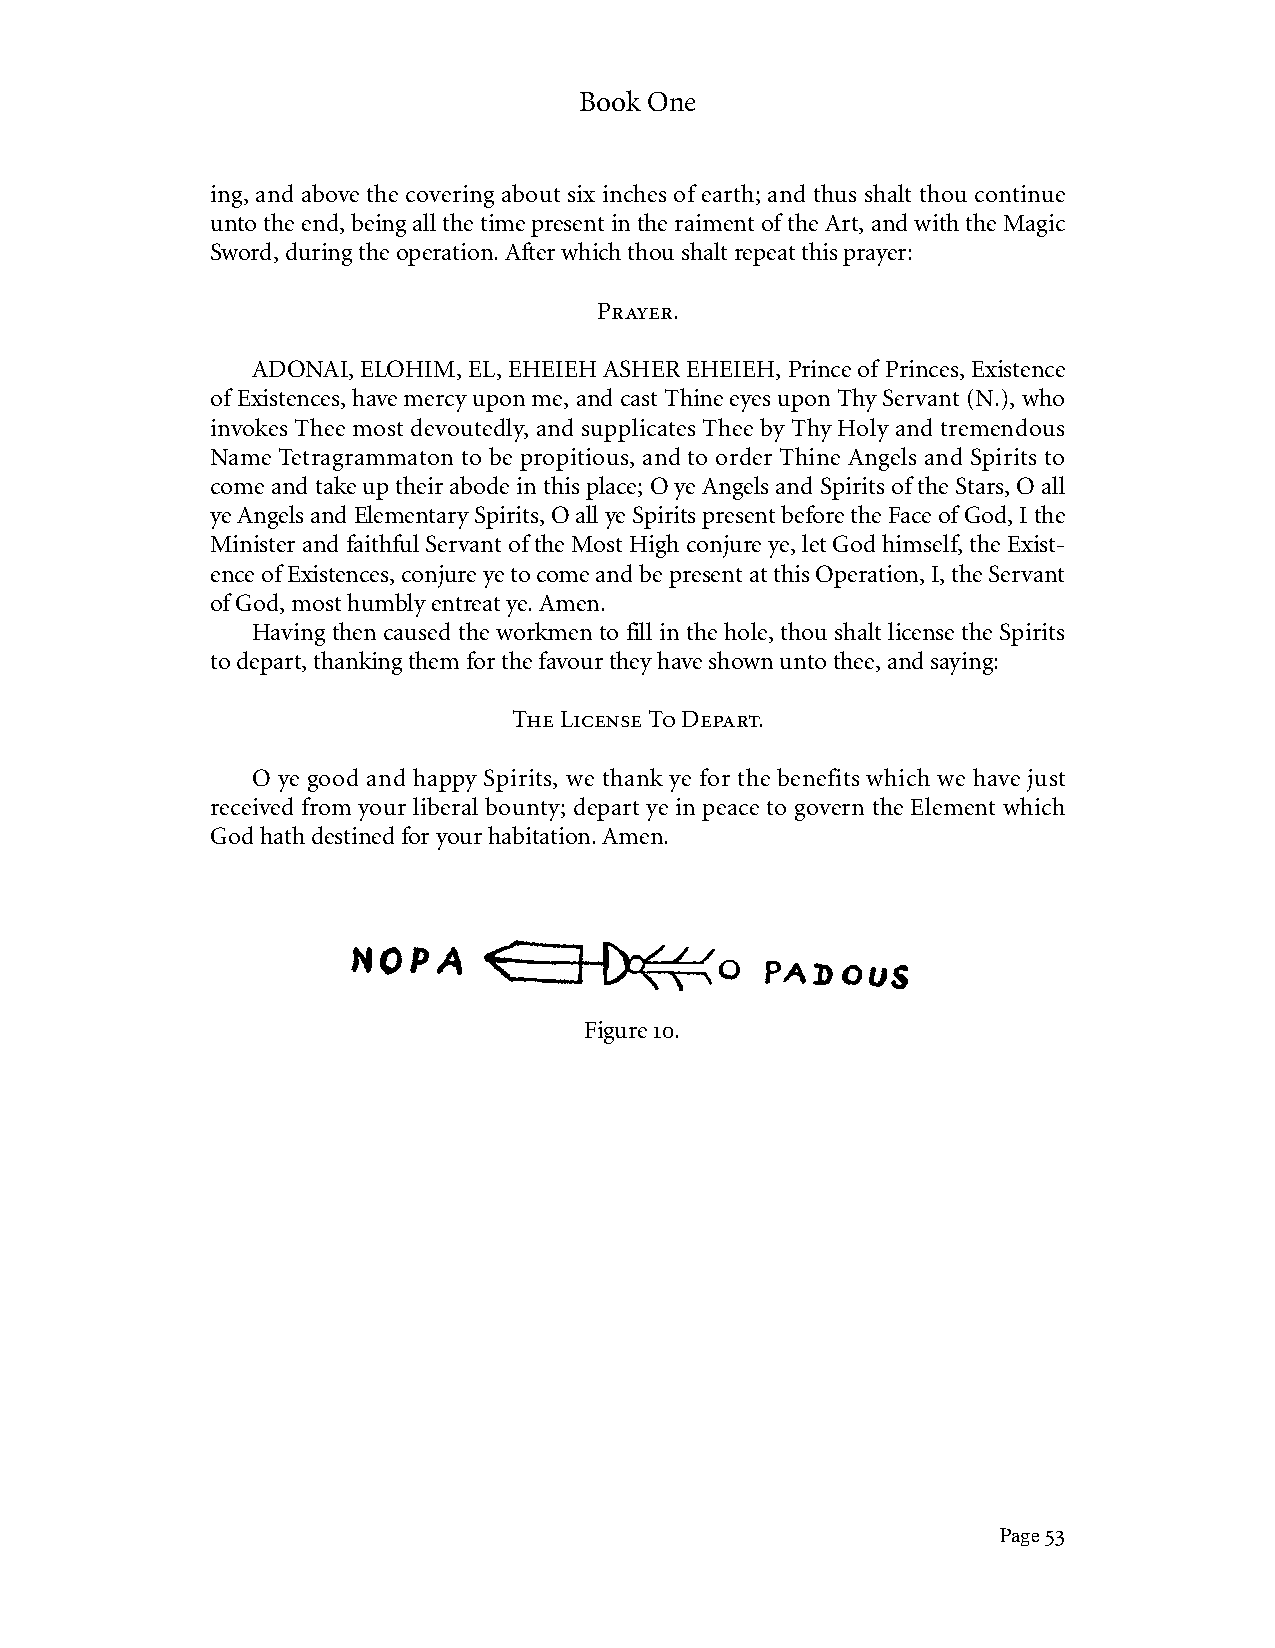
Book One
 ing, and above the covering about six inches of earth; and thus shalt thou continue
 unto the end, being all the time present in the raiment of the Art, and with the Magic
 Sword, during the operation. After which thou shalt repeat this prayer:
 Prayer.
 ADONAI, ELOHIM, EL, EHEIEH ASHER EHEIEH, Prince of Princes, Existence
 of Existences, have mercy upon me, and cast Thine eyes upon Thy Servant (N.), who
 invokes Thee most devoutedly, and supplicates Thee by Thy Holy and tremendous
 Name Tetragrammaton to be propitious, and to order Thine Angels and Spirits to
 come and take up their abode in this place; O ye Angels and Spirits of the Stars, O all
 ye Angels and Elementary Spirits, O all ye Spirits present before the Face of God, I the
 Minister and faithful Servant of the Most High conjure ye, let God himself, the Exist-
 ence of Existences, conjure ye to come and be present at this Operation, I, the Servant
 of God, most humbly entreat ye. Amen.
 Having then caused the workmen to fill in the hole, thou shalt license the Spirits
 to depart, thanking them for the favour they have shown unto thee, and saying:
 The License To Depart.
 O ye good and happy Spirits, we thank ye for the benefits which we have just
 received from your liberal bounty; depart ye in peace to govern the Element which
 God hath destined for your habitation. Amen.
 Figure 10.
 Page 53